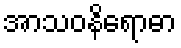
အာသဝနိရောဓာ